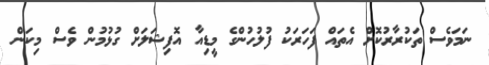
ނަމަވެސް ތަކުރާރުކޮށް އެތައް ފަހަރަކު ފުލުހުންގެ މީޑިއާ އޮފިޝަލަށް ގުޅުމުން ވެސް މިކަން